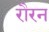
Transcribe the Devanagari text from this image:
रौरन